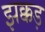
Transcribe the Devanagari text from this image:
झक्कड़